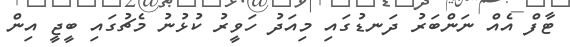
ޓާފް އެއް ނަންބަރު ދަނޑުގައި މިއަދު ހަވީރު ކުޅުނު މެޗުގައި ބީޖީ އިން